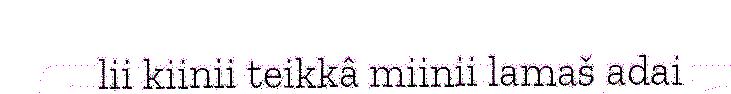
lii kiinii teikkâ miinii lamaš adai